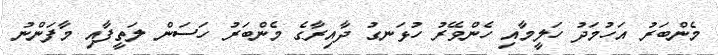
މެންބަރު އަހުމަދު ހަލީމާއި ހެންވޭރު ހުޅަނގު ދާއިރާގެ މެންބަރު ހަސަން ލަތީފާއި މާފަންނު